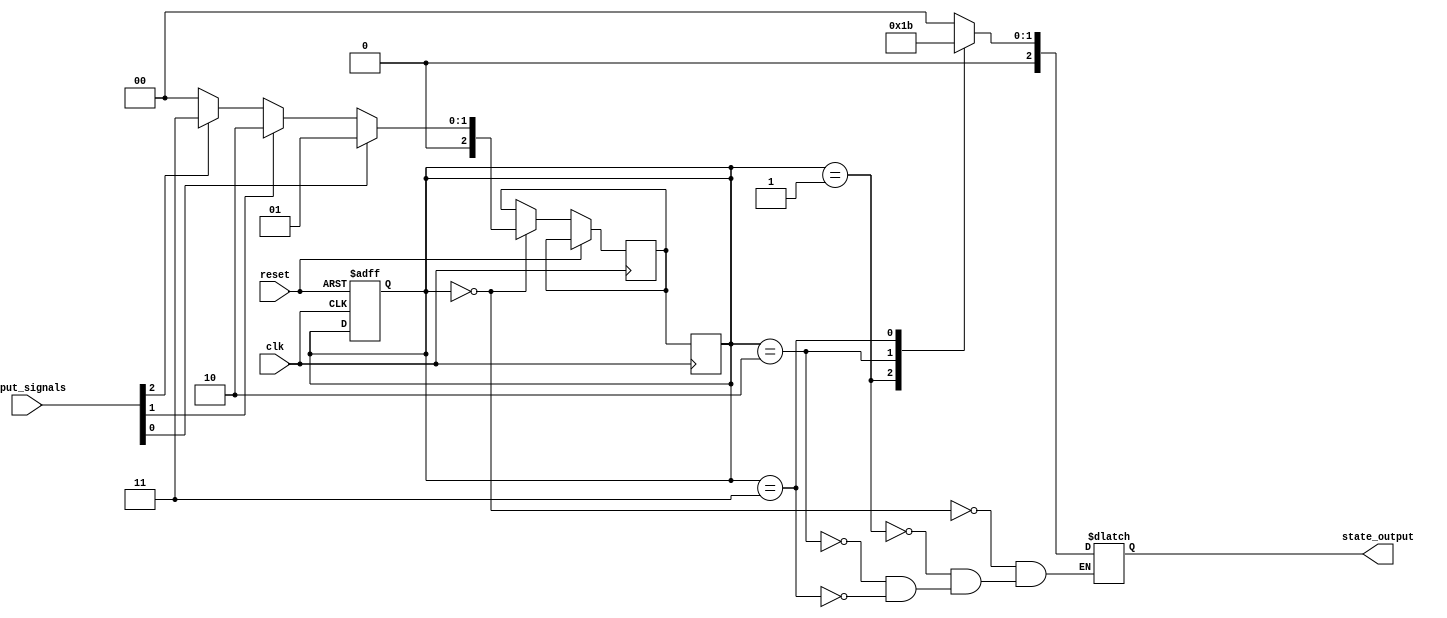
module state_machine (
    input clk,
    input reset,
    input [3:0] input_signals,
    output reg [2:0] state_output
);

reg [2:0] state_next;
reg [2:0] state_reg;

parameter STATE_A = 3'b000;
parameter STATE_B = 3'b001;
parameter STATE_C = 3'b010;
parameter STATE_D = 3'b011;

always @(posedge clk or posedge reset) begin
    if (reset) begin
        state_reg <= STATE_A;
    end else begin
        case (state_reg)
            STATE_A: begin
                if (input_signals[0]) begin
                    state_next <= STATE_B;
                end else if (input_signals[1]) begin
                    state_next <= STATE_C;
                end else if (input_signals[2]) begin
                    state_next <= STATE_D;
                end else begin
                    state_next <= STATE_A;
                end
            end
            STATE_B: begin
                // Define state B transitions and conditions
            end
            STATE_C: begin
                // Define state C transitions and conditions
            end
            STATE_D: begin
                // Define state D transitions and conditions
            end
        endcase
    end
end

always @(posedge clk) begin
    state_reg <= state_next;
end

always @* begin
    case (state_reg)
        STATE_A: state_output <= 3'b000;
        STATE_B: state_output <= 3'b001;
        STATE_C: state_output <= 3'b010;
        STATE_D: state_output <= 3'b011;
    endcase
end

endmodule